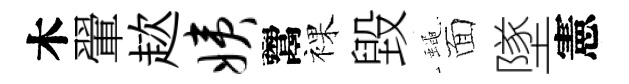
木翬趑姨鬻裸毀蠅面墜憲